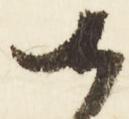
候